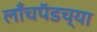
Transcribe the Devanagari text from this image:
लाँचपॅडच्या